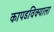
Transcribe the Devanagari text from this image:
कापडविक्याला